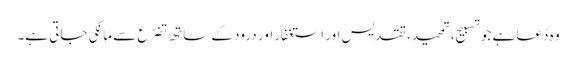
وہ دُعا ہے جو تسبیح، تمحید، تقدیس اور استغفار اور درود کے ساتھ تضرّع سے مانگی جاتی ہے۔